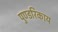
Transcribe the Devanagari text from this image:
पुण्डरिकाय